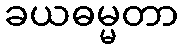
ခယဓမ္မတာ